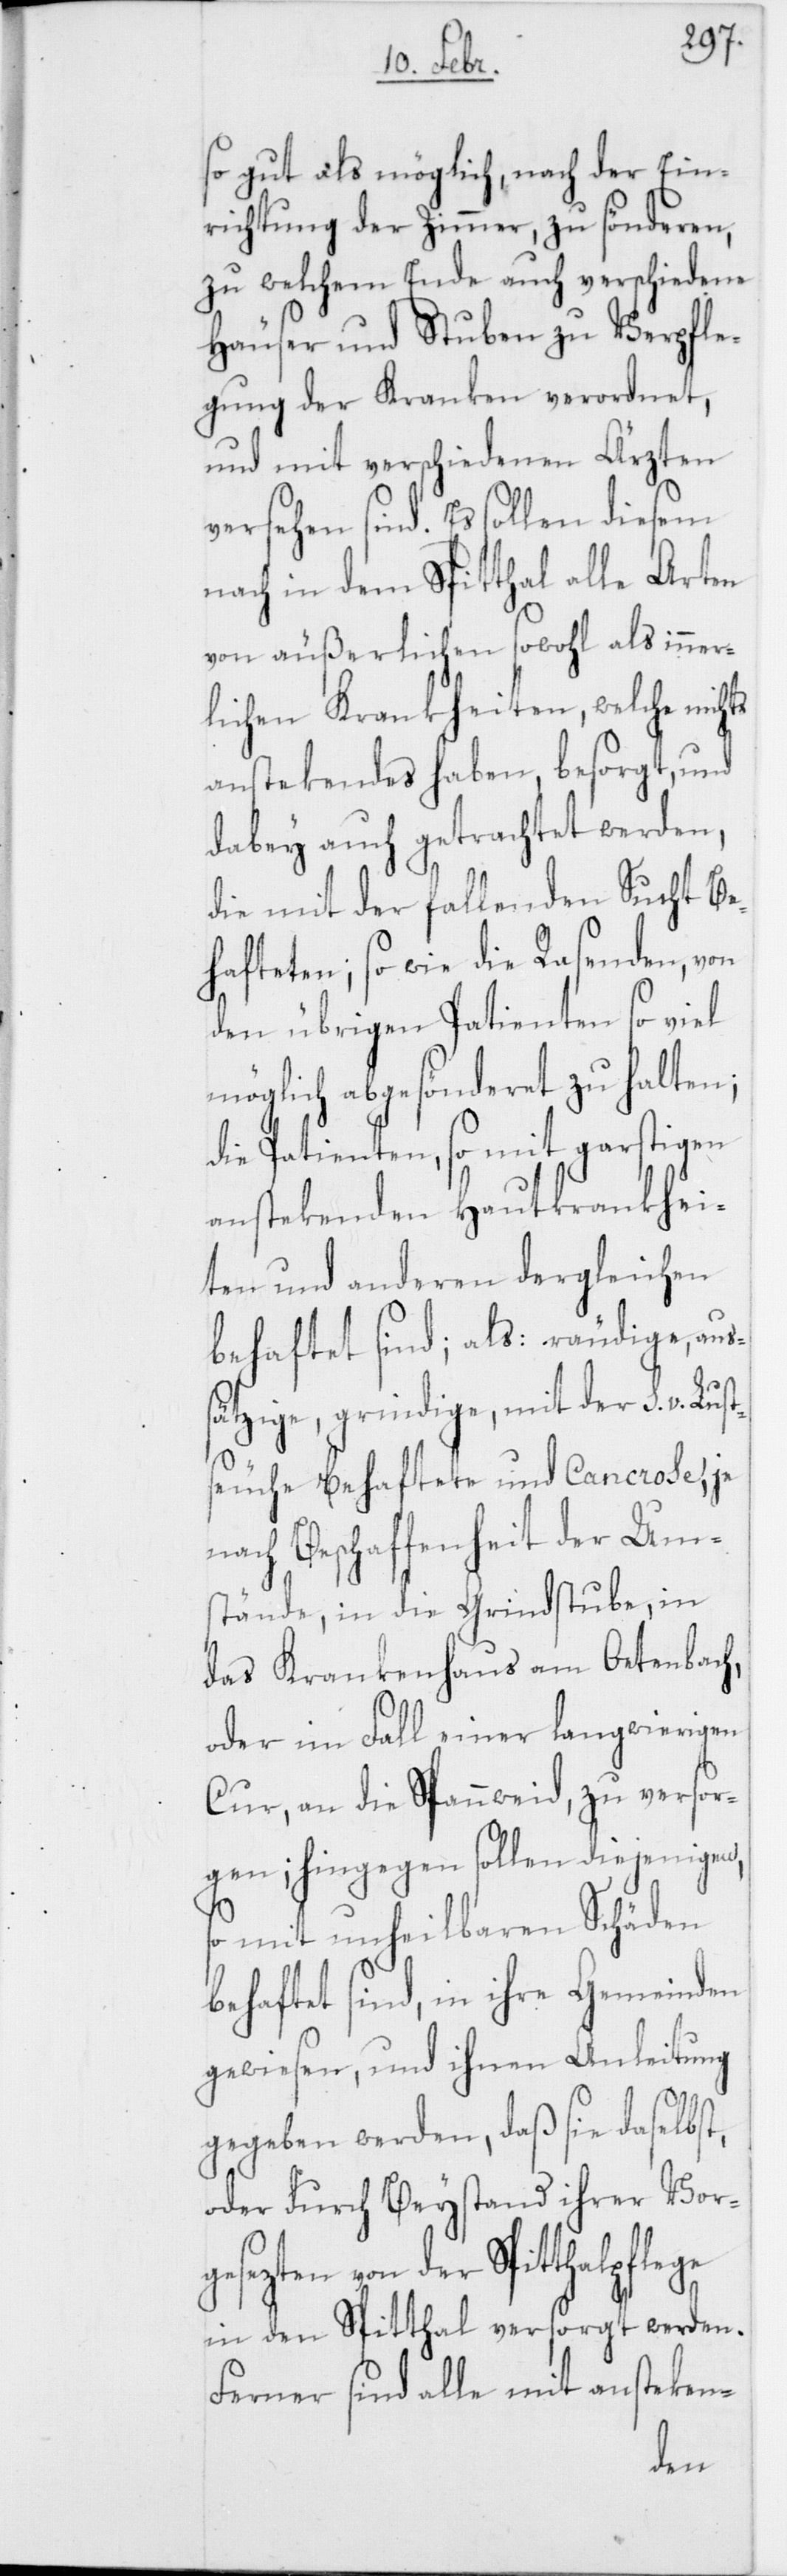
ts
so gut als möglich, nach der Ein¬
richtung der Zimmer, zu sönderen,
zu welchem Ende auch verschiedene
Häuser und Stuben zu Verpfle¬
gung der Kranken verordnet,
und mit verschiedenen Ärzten
versehen sind. Es sollen diesem
nach in dem Spitthal alle Arten
von äußerlichen sowohl als inner¬
lichen Krankheiten, welche nich¬
ansteckendes haben, besorgt, und
dabey auch getrachtet werden,
die mit der fallenden Sucht Be¬
hafteten; so wie die Rasenden, von
den übrigen Patienten so viel
möglich abgesönderet zu halten;
die Patienten, so mit garstigen
anstekenden Hautkrankhei¬
ten und anderen dergleichen
behaftet sind; als: räudige, aus¬
sätzige, grindige, mit der s. v. Lus¬
tseuche behaftete und Cancrose, je
nach Beschaffenheit der Um¬
stände, in die Grindstube, in
das Krankenhaus am Oetenbach,
oder im Fall einer langwierigen
Cur, an die Spannweid, zu versor¬
gen; hingegen sollen diejenigen,
so mit unheilbaren Schäden
behaftet sind, in ihre Gemeinden
gewiesen, und ihnen Anleitung
gegeben werden, daß sie daselbst,
oder durch Beystand ihrer Vorge¬
sezten von der Spitthalpf¬
in den Spitthal versorgt werden.
Ferner sind alle mit ansteken-
lege